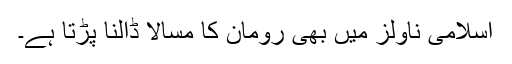
اسلامی ناولز میں بھی رومان کا مسالا ڈالنا پڑتا ہے۔